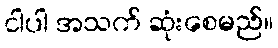
ငါပါ အသက် ဆုံးစေမည်။